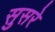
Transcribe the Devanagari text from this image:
सुसरे